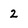
Character: 2